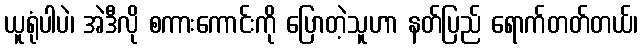
ယူရုံပါပဲ၊ အဲဒီလို စကားကောင်းကို ပြောတဲ့သူဟာ နတ်ပြည် ရောက်တတ်တယ်၊